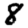
Digit: 8